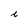
Character: c